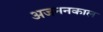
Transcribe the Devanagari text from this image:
अजननकाल